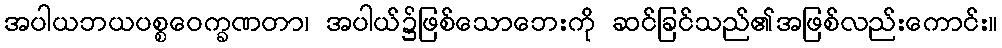
အပါယဘယပစ္စဝေက္ခဏတာ၊ အပါယ်၌ဖြစ်သောဘေးကို ဆင်ခြင်သည်၏အဖြစ်လည်းကောင်း။